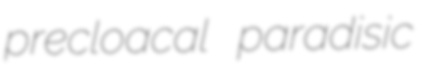
precloacal paradisic